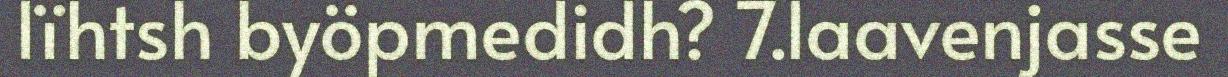
lïhtsh byöpmedidh? 7.laavenjasse